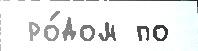
 ро́дом по